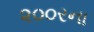
૨૦૦રના